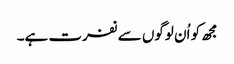
مجھ کو اُن لوگوں سے نفرت ہے۔